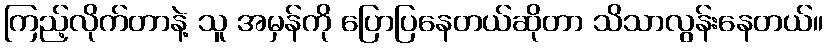
ကြည့်လိုက်တာနဲ့ သူ အမှန်ကို ပြောပြနေတယ်ဆိုတာ သိသာလွန်းနေတယ်။